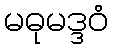
မဓုမဒ္ဒဝံ